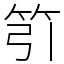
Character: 䇙